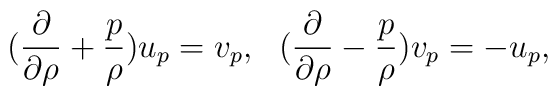
({\partial\over{\partial\rho}}+{p\over \rho})u_p=v_p,~~({\partial\over{\partial\rho}}-{p\over \rho})v_p=-u_p,